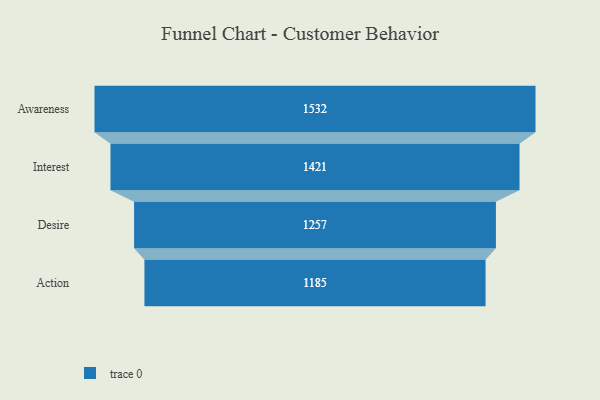
{"axis": {"x": "Stage", "y": "Value"}, "legend": [""], "data": [{"x": "Awareness", "y": 1532.0, "type": ""}, {"x": "Interest", "y": 1421.0, "type": ""}, {"x": "Desire", "y": 1257.0, "type": ""}, {"x": "Action", "y": 1185.0, "type": ""}]}